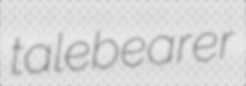
talebearer